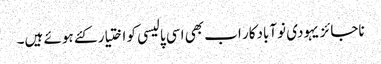
ناجائز یہودی نوآبادکار اب بھی اسی پالیسی کو اختیار کئے ہوئے ہیں۔